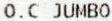
O.C JUMBO